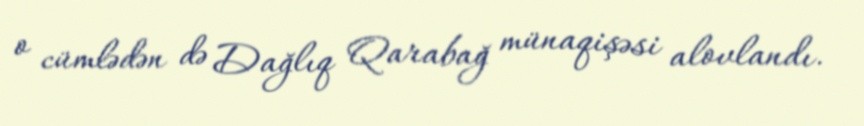
o cümlədən də Dağlıq Qarabağ münaqişəsi alovlandı.